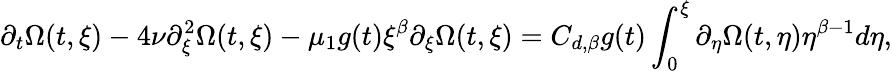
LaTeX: \partial_{t}\Omega(t,\xi)-4\nu\partial_{\xi}^{2}\Omega(t,\xi)-\mu_{1}g(t)\xi^{\beta}\partial_{\xi}\Omega(t,\xi)=C_{d,\beta}g(t)\int_{0}^{\xi}\partial_{\eta}\Omega(t,\eta)\eta^{\beta-1}d\eta,